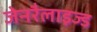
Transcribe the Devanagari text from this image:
जेनरैलाइज्ड